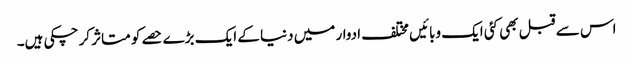
اس سے قبل بھی کئی ایک وبائیں مختلف ادوار میں دنیا کے ایک بڑے حصے کو متاثر کر چکی ہیں۔